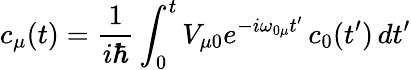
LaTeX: c_{\mu}(t)=\frac{1}{i\hbar}\int_{0}^{t}V_{\mu 0}e^{-i\omega_{0\mu}t^{\prime}}\, c_{0}(t^{\prime})\, dt^{\prime}